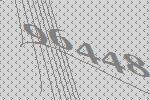
96448